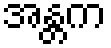
အန္တက